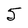
Character: 5